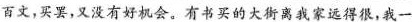
百文，买罢，又没有好机会。有书买的大街离我家远得很，我一